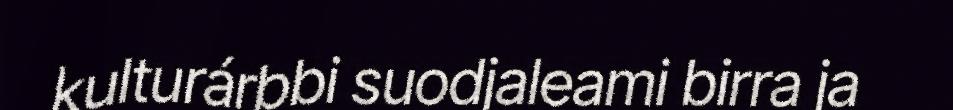
kulturárbbi suodjaleami birra ja